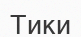
Тики